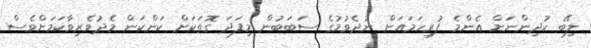
ލިބޭ ކުދިންނަށް އެންމެ ފުރިހަމައަށް ނުދެވުމުގެ ސަބަބުން މިފަދަ ގޮތަކަށް ކަންކަން މެދުވެރިވާކަމަށްވެސް